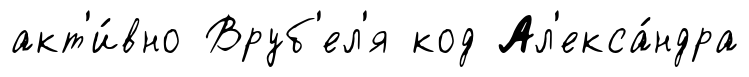
акт'и́вно Вруб'ел'я код Ал'екса́ндра